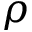
\rho